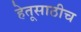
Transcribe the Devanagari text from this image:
हेतूसाठीच